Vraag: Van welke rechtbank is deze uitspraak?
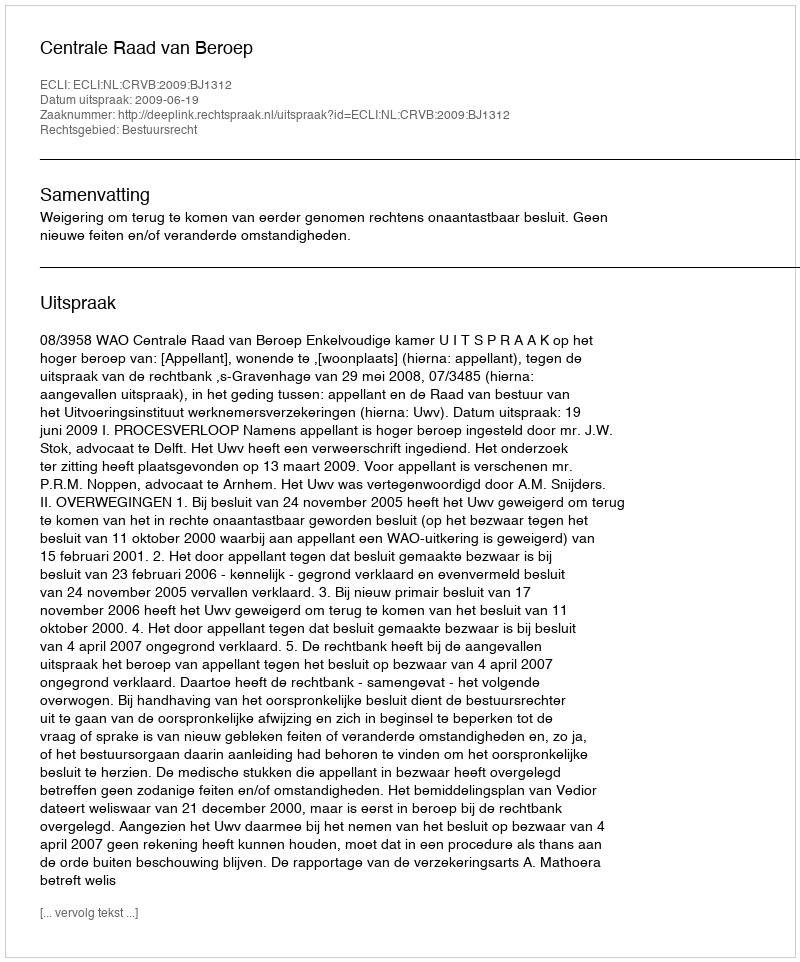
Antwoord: Centrale Raad van Beroep